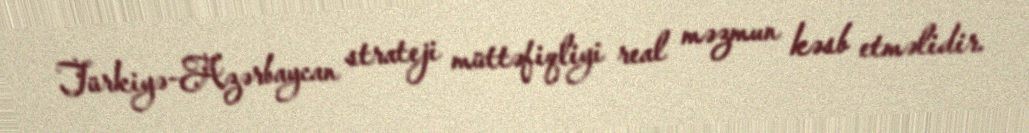
Türkiyə-Azərbaycan strateji müttəfiqliyi real məzmun kəsb etməlidir.